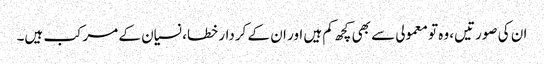
ان کی صورتیں، وہ تو معمولی سے بھی کچھ کم ہیں اور ان کے کردار خطا، نسیان کے مرکب ہیں۔